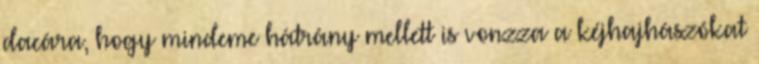
dacára, hogy mindeme hátrány mellett is vonzza a kéjhajhászókat